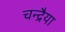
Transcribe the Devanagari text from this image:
चन्द्रैया